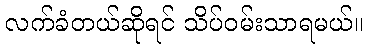
လက်ခံတယ်ဆိုရင် သိပ်ဝမ်းသာရမယ်။